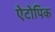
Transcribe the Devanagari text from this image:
ऐटोपिक